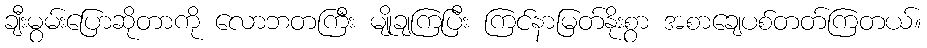
ချီးမွမ်းပြောဆိုတာကို လောဘတကြီး မျိုချကြပြီး ကြင်နာမြတ်နိုးစွာ အစာချေပစ်တတ်ကြတယ်။